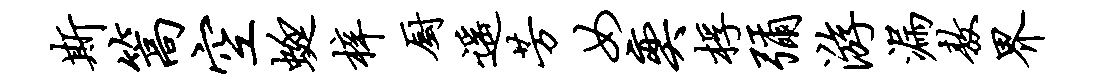
斯篙空蜓梓厨遥芳女奕桴弥游漏敖界